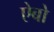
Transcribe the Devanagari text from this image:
ऐबो